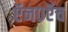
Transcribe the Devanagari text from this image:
ऍन०ऍच